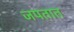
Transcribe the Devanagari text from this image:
जपतात